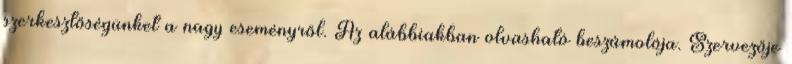
szerkesztőségünket a nagy eseményről. Az alábbiakban olvasható beszámolója. Szervezője